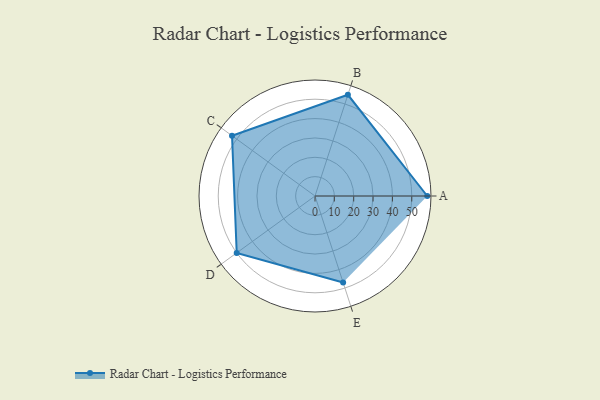
{"axis": {"x": "Skill", "y": "Score"}, "legend": ["Profile"], "data": [{"x": "A", "y": 58.0, "type": "Profile"}, {"x": "B", "y": 55.0, "type": "Profile"}, {"x": "C", "y": 53.0, "type": "Profile"}, {"x": "D", "y": 50.0, "type": "Profile"}, {"x": "E", "y": 47.0, "type": "Profile"}]}